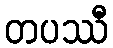
တပဿီ